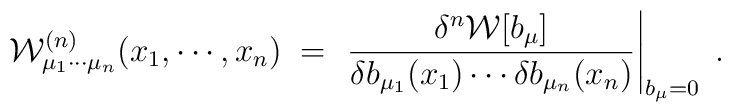
{\mathcal W}^{(n)}_{\mu_1\cdots\mu_n}(x_1,\cdots,x_n)\;=\; \left. \frac{\delta^n{\mathcal W}[b_\mu]}{\delta b_{\mu_1}(x_1)     \cdots \delta b_{\mu_n}(x_n)}\right|_{b_\mu = 0} \;.